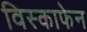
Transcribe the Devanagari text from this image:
विस्काफेन